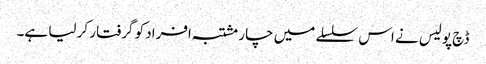
ڈچ پولیس نے اس سلسلے میں چار مشتبہ افراد کو گرفتار کر لیا ہے۔